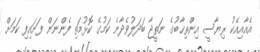
އެއާއިއެކު ރިޔާސީ އިންތިޚާބުގެ ނަތީޖާ ބަދަލުވެދާނެ ކަމުގެ ކޮޅުމަތި ފެންނަން ފަށައިފި ކަމަށް